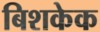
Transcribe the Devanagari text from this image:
बिशकेक